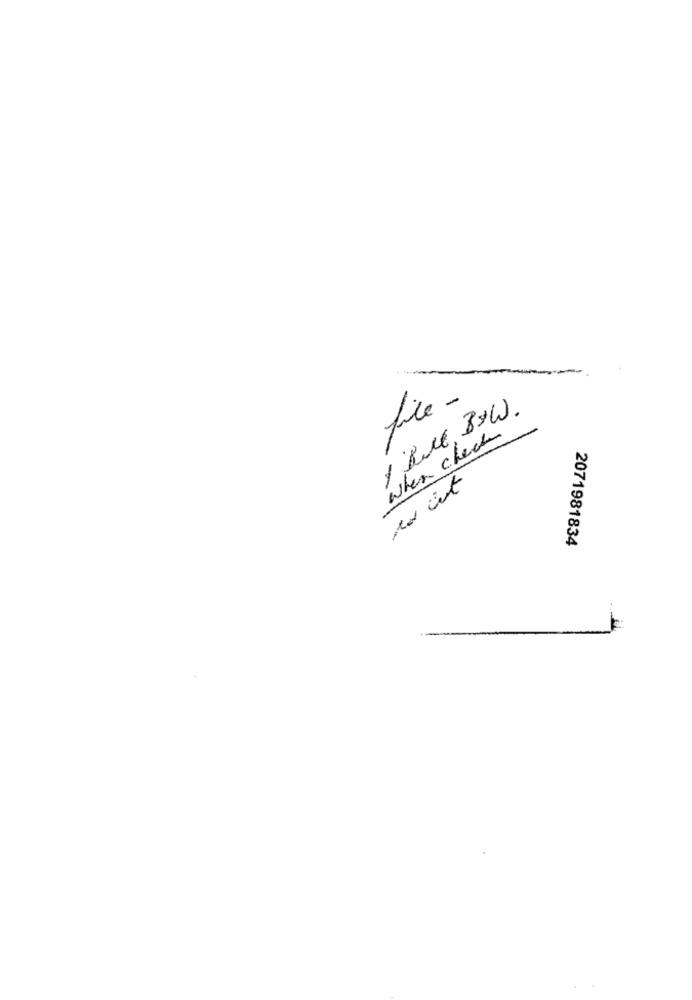
fire-
1 Rue, B&W.
when check
2071981834